Assam Mental Hospital (Tezpur, India) - 1933-1948
Year: 1933
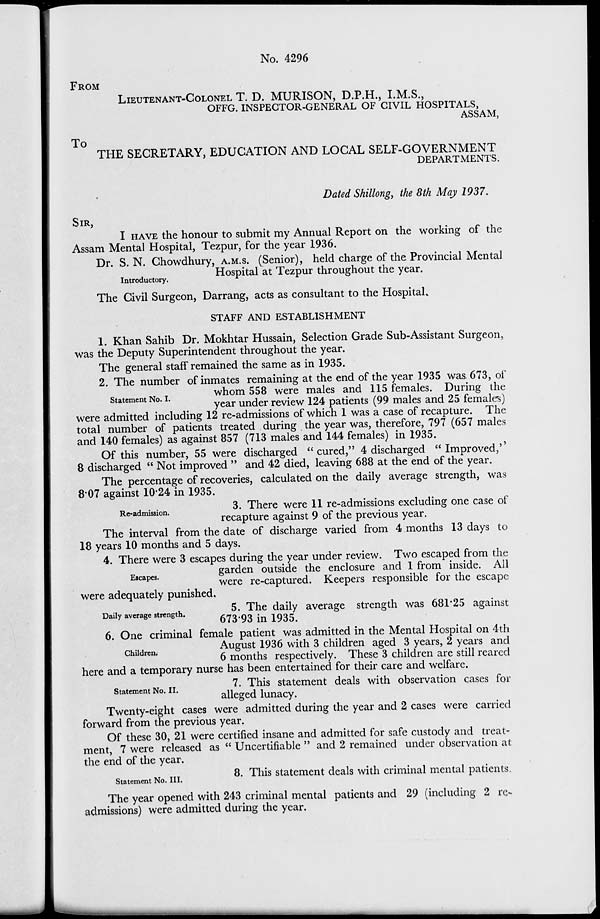
No. 4296
FROM
LIEUTENANT-COLONEL T. D. MURISON, D.P.H., I.M.S.,
OFFG. INSPECTOR-GENERAL OF CIVIL HOSPITALS,
ASSAM,
To
THE SECRETARY, EDUCATION AND LOCAL SELF-GOVERNMENT
DEPARTMENTS.
Dated Shillong, the 8th May 1937.
SIR,
I HAVE the honour to submit my Annual Report on the working of the
Assam Mental Hospital, Tezpur, for the year 1936.
Introductory.
Dr. S.N. Chowdhury, A.M.S. (Senior), held charge of the Provincial Mental
Hospital at Tezpur throughout the year.
The Civil Surgeon, Darrang, acts as consultant to the Hospital.
STAFF AND ESTABLISHMENT
1. Khan Sahib Dr. Mokhtar Hussain, Selection Grade Sub-Assistant Surgeon,
was the Deputy Superintendent throughout the year.
The general staff remained the same as in 1935.
Statement No. I.
2. The number of inmates remaining at the end of the year 1935 was. 673, of
whom 558 were males and 115 females. During the
year under review 124 patients (99 males and 25 females)
were admitted including 12 re-admissions of which 1 was a case of recapture. The
total number of patients treated during the year was, therefore, 797 (657 males
and 140 females) as against 857 (713 males and 144 females) in 1935.
Of this number, 55 were discharged "cured," 4 discharged "Improved,''
8 discharged "Not improved" and 42 died, leaving 688 at the end of the year.
The percentage of recoveries, calculated on the daily average strength, was
8.07 against 10.24 in 1935.
Re-admission.
3. There were 11 re-admissions excluding one case of
recapture against 9 of the previous year.
The interval from the date of discharge varied from 4 months 13 days to
18 years 10 months and 5 days.
Escapes.
4. There were 3 escapes during the year under review. Two escaped from the
garden outside the enclosure and 1 from inside. All
were re-captured. Keepers responsible for the escape
were adequately punished.
Daily average strength.
5. The daily average strength was 681.25 against
673.93 in 1935.
Children.
6. One criminal female patient was admitted in the Mental Hospital on 4th
August 1936 with 3 children aged 3 years, 2 years and
6 months respectively. These 3 children are still reared
here and a temporary nurse has been entertained for their care and welfare.
Statement No. II.
7. This statement deals with observation cases for
alleged lunacy.
Twenty-eight cases were admitted during the year and 2 cases were carried
forward from the previous year.
Of these 30, 21 were certified insane and admitted for safe custody and treat-
ment, 7 were released as "Uncertifiable" and 2 remained under observation at
the end of the year.
Statement No. III.
8. This statement deals with criminal mental patients
The year opened with 243 criminal mental patients and 29 (including 2 re-
admissions) were admitted during the year.